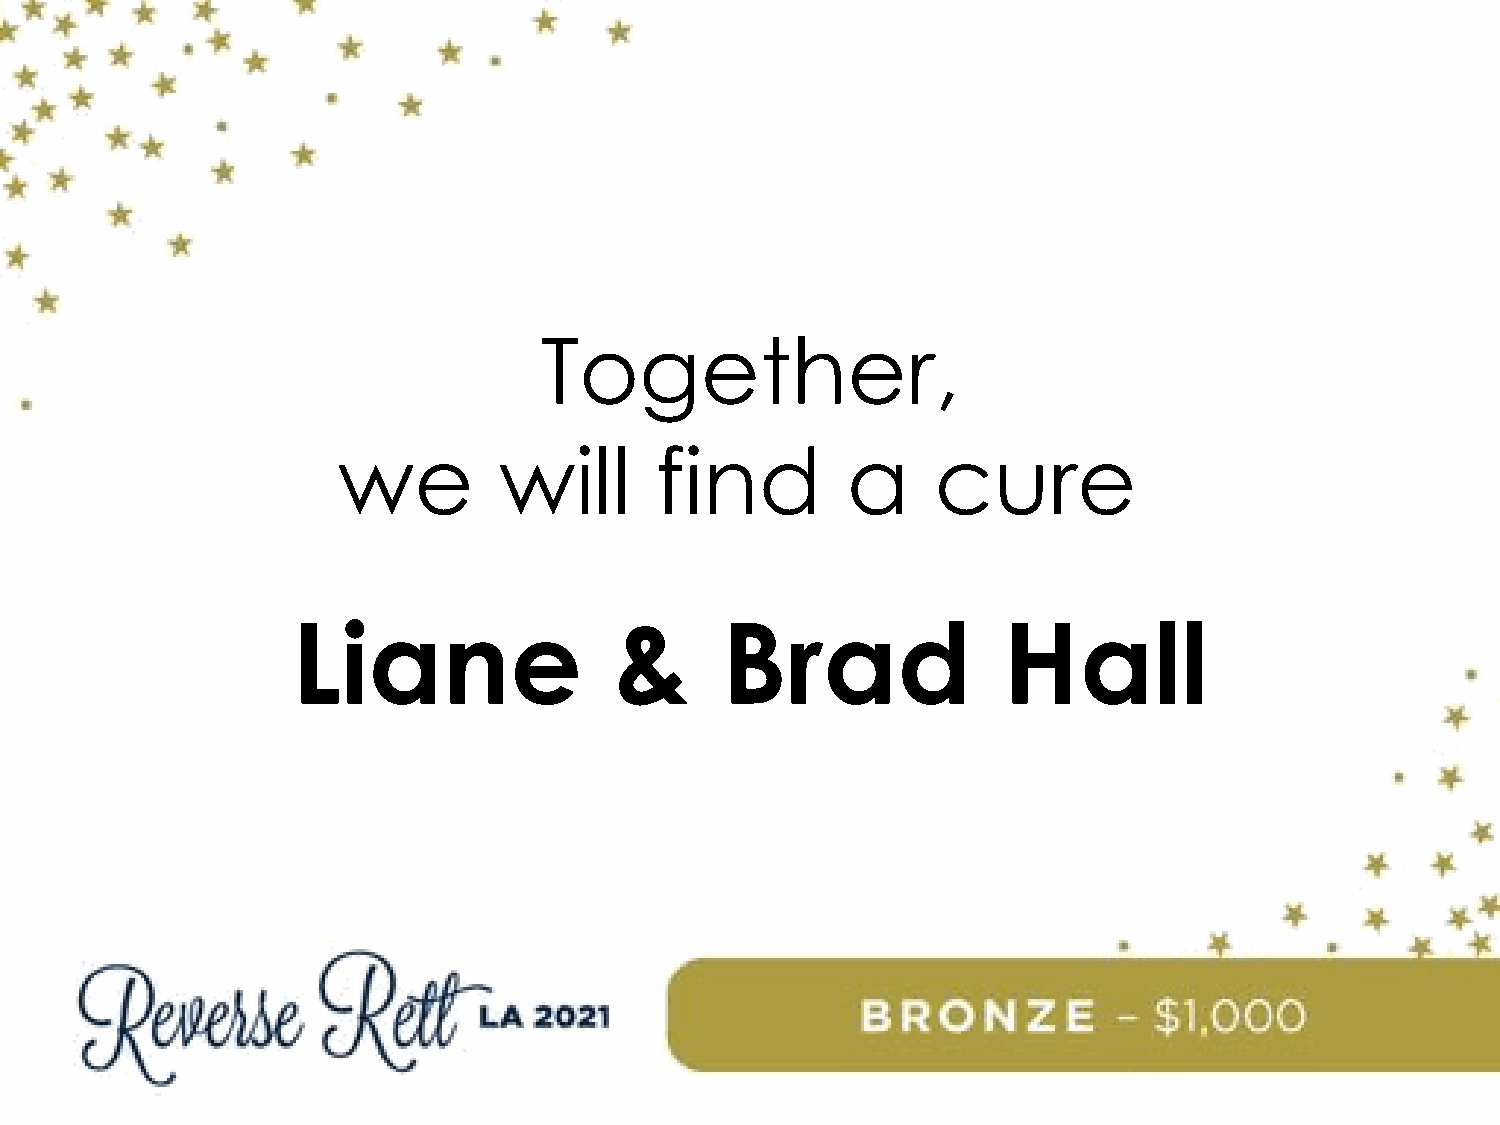
Together,
 we         will      find         a     cure
 Liane                 &      Brad              Hall